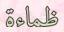
ظماءة